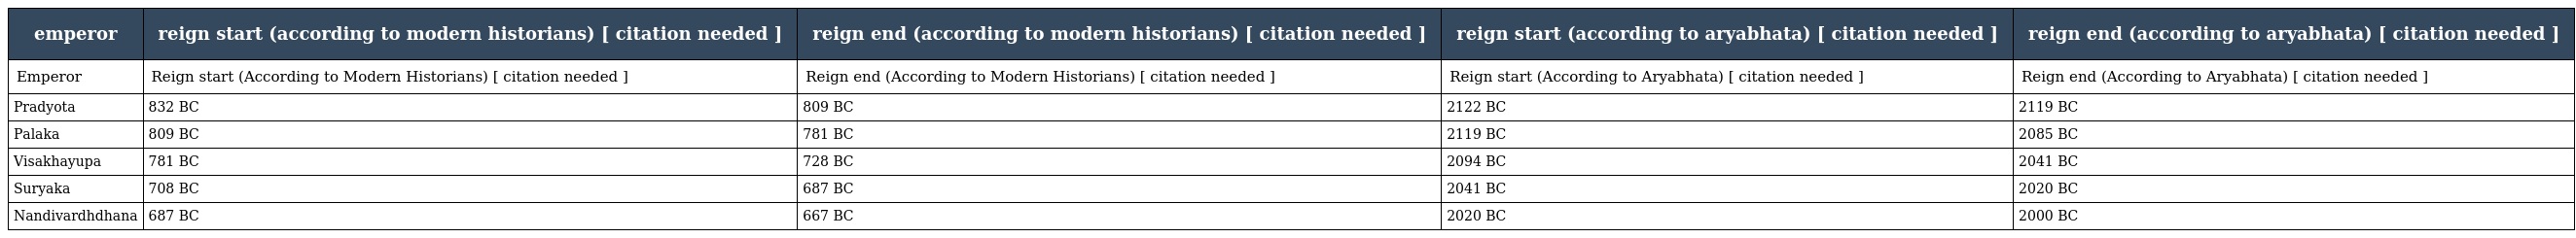
| emperor | reign start (according to modern historians) [ citation needed ] | reign end (according to modern historians) [ citation needed ] | reign start (according to aryabhata) [ citation needed ] | reign end (according to aryabhata) [ citation needed ] |
 | --- | --- | --- | --- | --- |
 | Emperor | Reign start (According to Modern Historians) [ citation needed ] | Reign end (According to Modern Historians) [ citation needed ] | Reign start (According to Aryabhata) [ citation needed ] | Reign end (According to Aryabhata) [ citation needed ] |
 | Pradyota | 832 BC | 809 BC | 2122 BC | 2119 BC |
 | Palaka | 809 BC | 781 BC | 2119 BC | 2085 BC |
 | Visakhayupa | 781 BC | 728 BC | 2094 BC | 2041 BC |
 | Suryaka | 708 BC | 687 BC | 2041 BC | 2020 BC |
 | Nandivardhdhana | 687 BC | 667 BC | 2020 BC | 2000 BC |